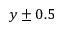
y \pm 0 . 5